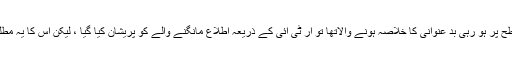
کچھ ایسے معاملے سامنے آئے ہیں کہ جب اطلاع مانگنے سے بڑی سطح پر ہو رہی بد عنوانی کا خلاصہ ہونے والاتھا تو آر ٹی آئی کے ذریعہ اطلاع مانگنے والے کو پریشان کیا گیا ، لیکن اس کا یہ مطلب نہیں ہے کہ ہر درخواست کنندہ کو ایسی دھمکی کا سامنا کرنا پڑے ۔